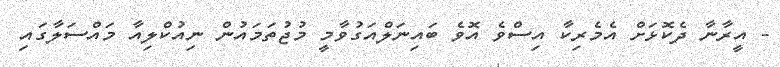
- އީރާނާ ދެކޮޅަށް އެމެރިކާ އިސްވެ އޮވެ ބައިނަލްއަގުވާމީ މުޖުތަމައުން ނިއުކްލިއާ މައްސަލާގައި